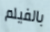
بالفيلم